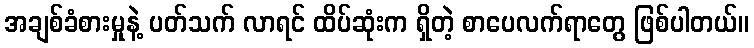
အချစ်ခံစားမှုနဲ့ ပတ်သက် လာရင် ထိပ်ဆုံးက ရှိတဲ့ စာပေလက်ရာတွေ ဖြစ်ပါတယ်။